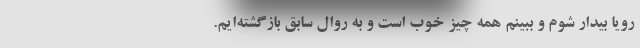
رویا بیدار شوم و ببینم همه چیز خوب است و به روال سابق بازگشته‌ایم.